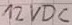
Text: 12VDC